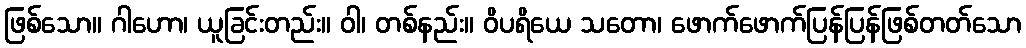
ဖြစ်သော။ ဂါဟော၊ ယူခြင်းတည်း။ ဝါ၊ တစ်နည်း။ ဝိပရိယေ သတော၊ ဖောက်ဖောက်ပြန်ပြန်ဖြစ်တတ်သော